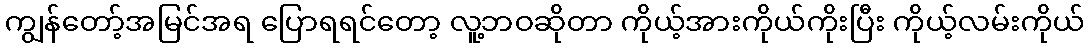
ကျွန်တော့်အမြင်အရ ပြောရရင်တော့ လူ့ဘဝဆိုတာ ကိုယ့်အားကိုယ်ကိုးပြီး ကိုယ့်လမ်းကိုယ်